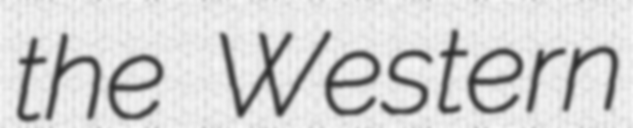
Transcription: the Western